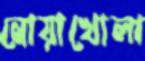
নোয়াখোলা